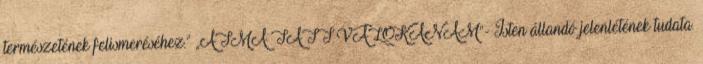
természetének felismeréséhez.” „ATMA TATT VALOKANAM”- Isten állandó jelenlétének tudata.